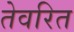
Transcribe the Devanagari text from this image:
तेवरित